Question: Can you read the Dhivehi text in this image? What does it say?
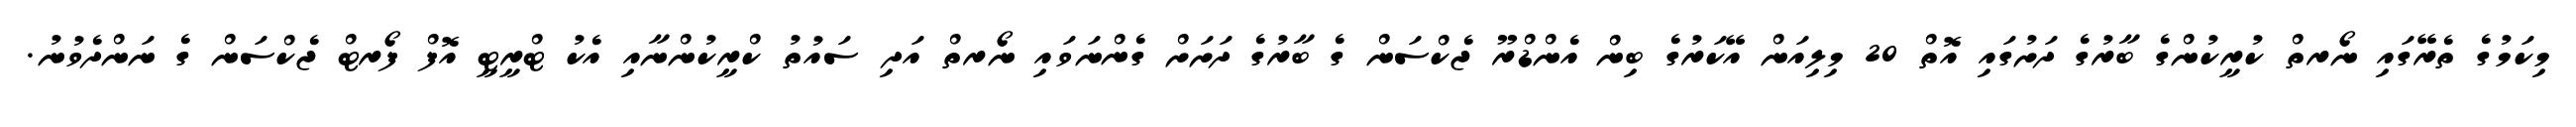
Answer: މިކަމުގެ ތެރޭގައި ނޯރތް ކުރީކުންގެ ބާރުގެ ދަށުގައި އޮތް 20 މިލިއަން އޭކަރުގެ ބިން އެންޑްރޫ ޖެކްސަން ގެ ބާރުގެ ދަށަށް ގެންނަވައި ނޯރތް އަދި ސައުތު ކްރީކުންނާއި އެކު ޓްރީޓީ އޮފް ފޯރޓް ޖެކްސަން ގެ ނަންދެވުނު.